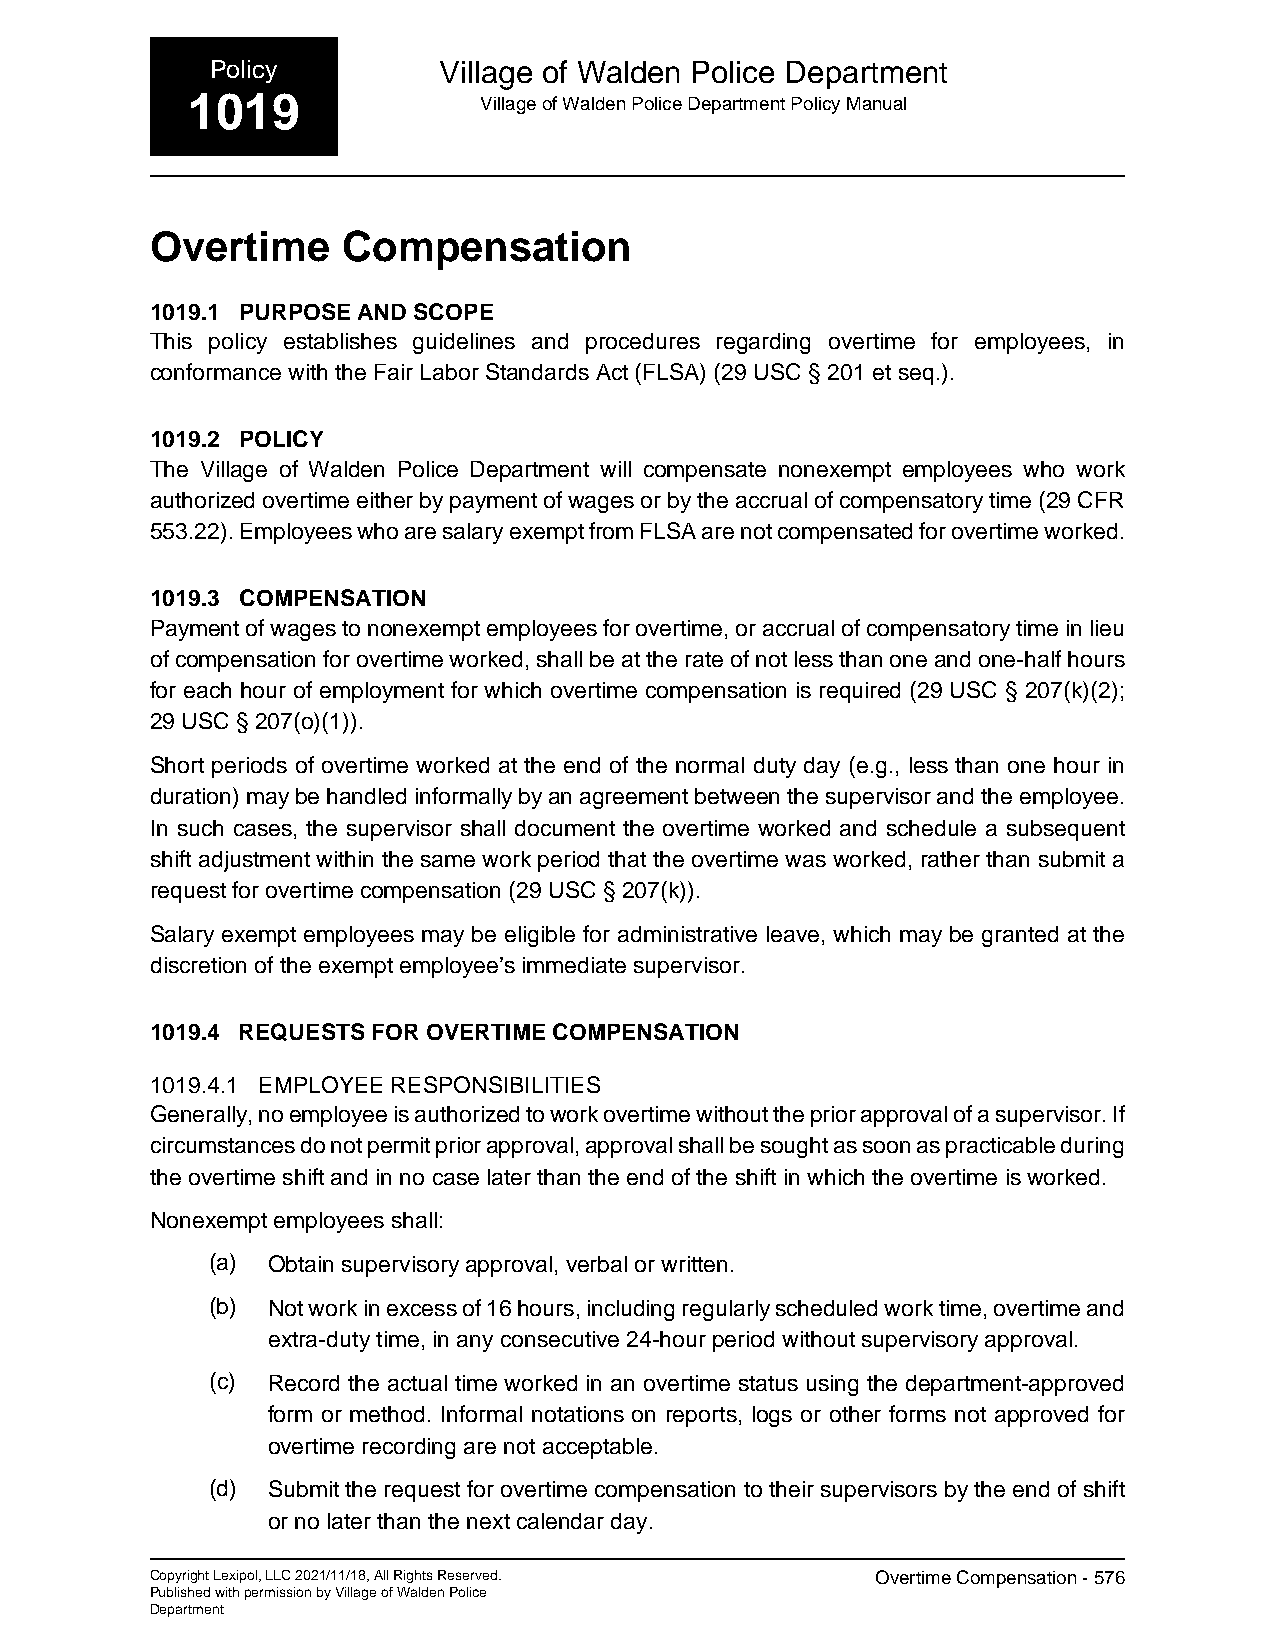
Policy         Village of Walden Police Department
 1019                Village of Walden Police Department Policy Manual
 Overtime     Compensation
 1019.1 PURPOSE AND SCOPE
 This policy establishes guidelines and procedures regarding overtime for employees, in
 conformance with the Fair Labor Standards Act (FLSA) (29 USC § 201 et seq.).
 1019.2 POLICY
 The Village of Walden Police Department will compensate nonexempt employees who work
 authorized overtime either by payment of wages or by the accrual of compensatory time (29 CFR
 553.22). Employees who are salary exempt from FLSA are not compensated for overtime worked.
 1019.3 COMPENSATION
 Payment of wages to nonexempt employees for overtime, or accrual of compensatory time in lieu
 of compensation for overtime worked, shall be at the rate of not less than one and one-half hours
 for each hour of employment for which overtime compensation is required (29 USC § 207(k)(2);
 29 USC § 207(o)(1)).
 Short periods of overtime worked at the end of the normal duty day (e.g., less than one hour in
 duration) may be handled informally by an agreement between the supervisor and the employee.
 In such cases, the supervisor shall document the overtime worked and schedule a subsequent
 shift adjustment within the same work period that the overtime was worked, rather than submit a
 request for overtime compensation (29 USC § 207(k)).
 Salary exempt employees may be eligible for administrative leave, which may be granted at the
 discretion of the exempt employee’s immediate supervisor.
 1019.4 REQUESTS FOR OVERTIME COMPENSATION
 1019.4.1 EMPLOYEE RESPONSIBILITIES
 Generally, no employee is authorized to work overtime without the prior approval of a supervisor. If
 circumstances do not permit prior approval, approval shall be sought as soon as practicable during
 the overtime shift and in no case later than the end of the shift in which the overtime is worked.
 Nonexempt employees shall:
 (a) Obtain supervisory approval, verbal or written.
 (b) Not work in excess of 16 hours, including regularly scheduled work time, overtime and
 extra-duty time, in any consecutive 24-hour period without supervisory approval.
 (c) Record the actual time worked in an overtime status using the department-approved
 form or method. Informal notations on reports, logs or other forms not approved for
 overtime recording are not acceptable.
 (d) Submit the request for overtime compensation to their supervisors by the end of shift
 or no later than the next calendar day.
 Copyright Lexipol, LLC 2021/11/18, All Rights Reserved. Overtime Compensation - 576
 Published with permission by Village of Walden Police
 Department